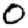
Digit: 0